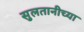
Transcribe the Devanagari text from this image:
सुलतानीच्या